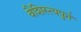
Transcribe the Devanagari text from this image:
वैशिस्त्यपुर्न